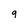
Character: 9